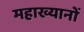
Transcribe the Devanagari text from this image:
महाख्यानों